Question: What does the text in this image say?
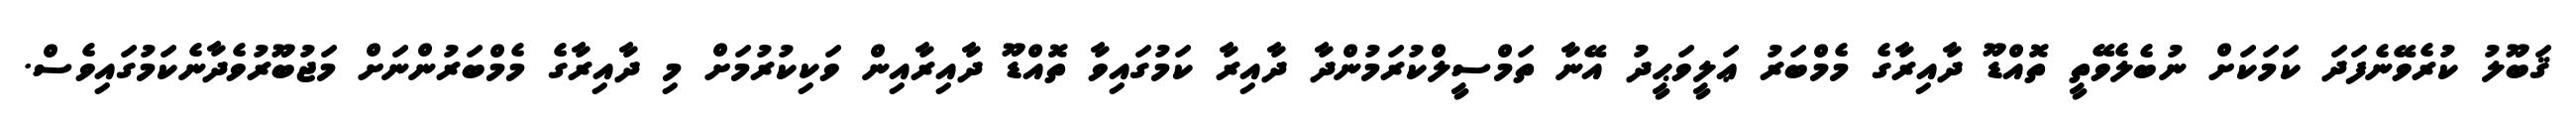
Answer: ޤަބޫލު ކުރެވޭނެފަދަ ކަމަކަށް ނުބެލެވޭތީ ތޮއްޑޫ ދާއިރާގެ މެމްބަރު ޢަލީވަޙީދު އޭނާ ތަމްސީލްކުރަމުންދާ ދާއިރާ ކަމުގައިވާ ތޮއްޑޫ ދާއިރާއިން ވަކިކުރުމަށް މި ދާއިރާގެ މެމްބަރުންނަށް މަޖުބޫރުވެދާނެކަމުގައިވެސް.